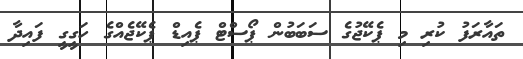
ތައާރަފު ކުރި މި ޕެކޭޖުގެ ސަބަބުން ޕޯސްޓް ޕެއިޑް ޕެކޭޖެއްގެ ހަގީގީ ފައިދާ